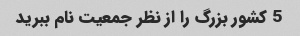
5 کشور بزرگ را از نظر جمعیت نام ببرید